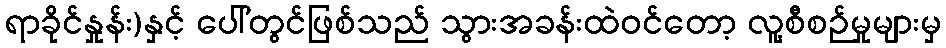
ရာခိုင်နှုန်း)နှင့် ပေါ်တွင်ဖြစ်သည် သွားအခန်းထဲဝင်တော့ လူ့စီစဉ်မှုများမှ